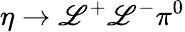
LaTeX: \eta\rightarrow\mathscr{L}^{+}\mathscr{L}^{-}\pi^{0}